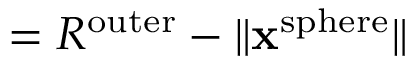
= R ^ { \mathrm { o u t e r } } - \| \mathbf { x } ^ { \mathrm { s p h e r e } } \|